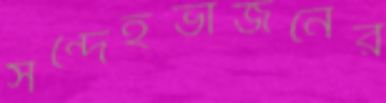
সন্দেহভাজনের